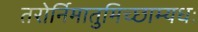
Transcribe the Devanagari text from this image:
तरोर्निमातुमिच्छाम्यधः